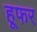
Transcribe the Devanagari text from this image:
हूफर